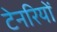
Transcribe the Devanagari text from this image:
टेनरियों